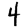
Digit: 4